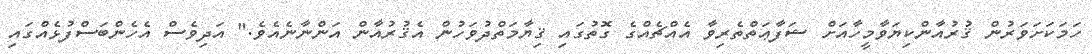
ހަމަކަށަވަރުން ޤުރުއާންކިޔަވާމީހާއަށް ޝަފާޢަތްތެރިވާ އެއްޗެއްގެ ގޮތުގައި ޤިޔާމަތްދުވަހުން އެޤުރުއާން އަންނާނެއެވެ." އަދިވެސް އެހެންބަސްފުޅެއްގައި